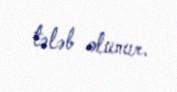
tələb olunur.